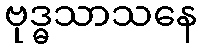
ဗုဒ္ဓသာသနေ